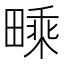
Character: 𤳁